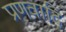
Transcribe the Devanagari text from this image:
प्रणवादि